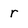
Character: r